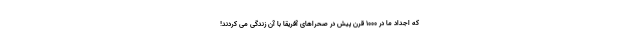
که اجداد ما در 1000 قرن پیش در صحراهای آفریقا با آن زندگی می کردند!